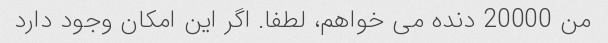
من 20000 دنده می خواهم، لطفا. اگر این امکان وجود دارد